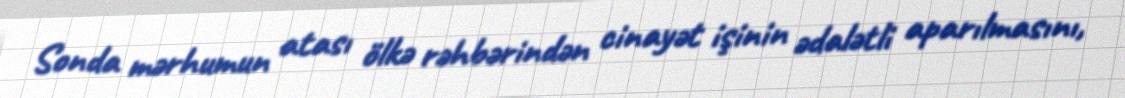
Sonda mərhumun atası ölkə rəhbərindən cinayət işinin ədalətli aparılmasını,